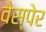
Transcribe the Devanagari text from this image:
वेस्पेर